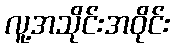
လူ့အသိုင်းအဝိုင်း